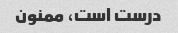
درست است، ممنون